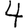
Digit: 4